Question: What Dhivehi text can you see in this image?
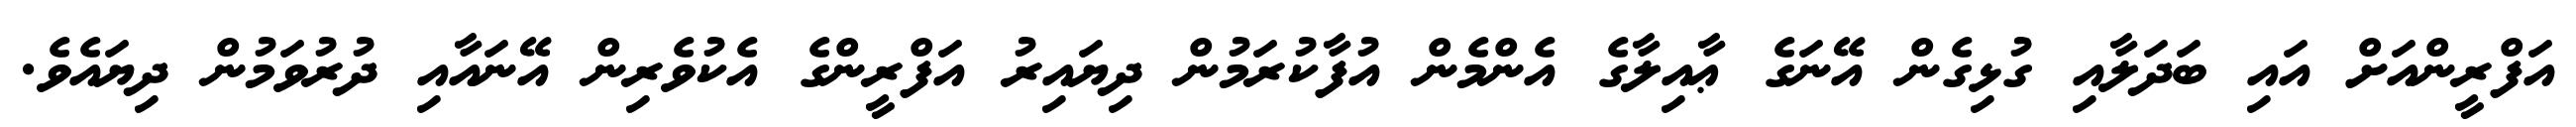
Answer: އަފްރީންއަށް އައި ބަދަލާއި ގުޅިގެން އޭނަގެ ޢާއިލާގެ އެންމެން އުފާކުރަމުން ދިޔައިރު އަފްރީންގެ އެކުވެރިން އޭނައާއި ދުރުވަމުން ދިޔައެވެ.